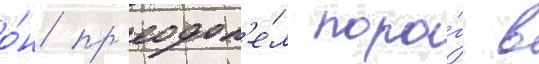
о́н пр'еодол'е́л поро́г в